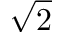
\sqrt { 2 }